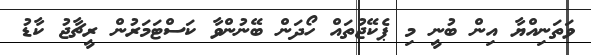
ވަތަނިއްޔާ އިން ބުނީ މި ޕެކޭޖުތައް ހޯދަން ބޭނުންވާ ކަސްޓަމަރުން ރީޗާޖު ކާޑު